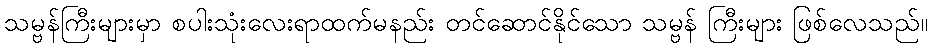
သမ္ဗန်ကြီးများမှာ စပါးသုံးလေးရာထက်မနည်း တင်ဆောင်နိုင်သော သမ္ဗန် ကြီးများ ဖြစ်လေသည်။